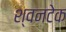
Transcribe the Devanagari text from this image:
श्वनटेक